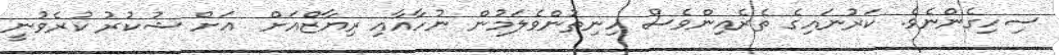
ސިހިގެންނެވެ. ކަރުނައިގެ ތެރެއިންވެސް ހިނިތުންވެލަމުން ނުހާއާއި ރިޔާޒްއަށް  އަށް ޝުކުރު ކުރެވުނީ